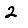
Digit: 2